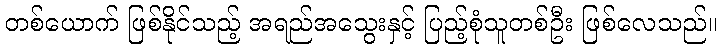
တစ်ယောက် ဖြစ်နိုင်သည့် အရည်အသွေးနှင့် ပြည့်စုံသူတစ်ဦး ဖြစ်လေသည်။